Annual report on the lock hospitals of the Madras Presidency
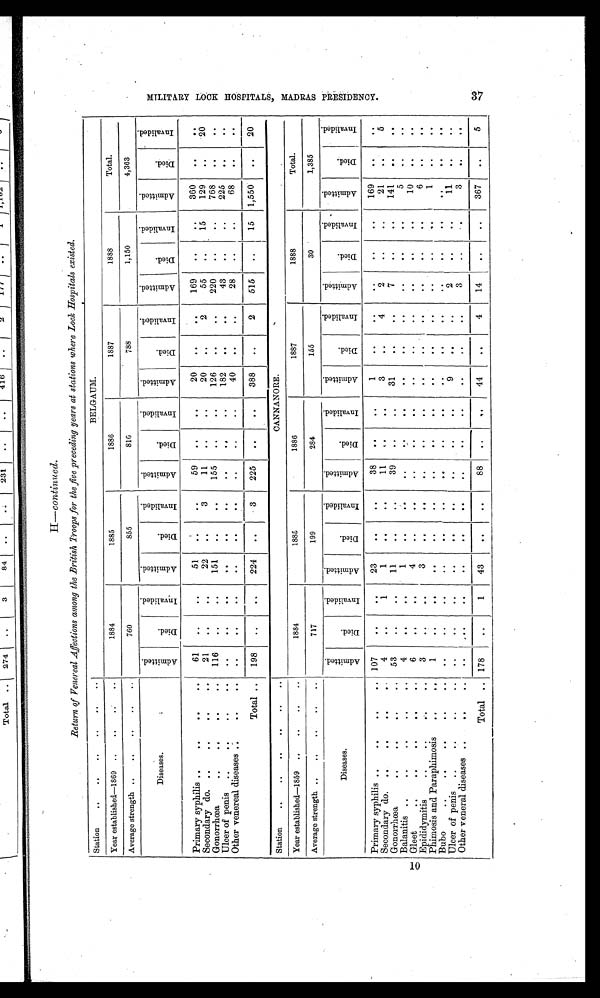
Return of Venereal Affections among the British Troops for the five preceding years at stations where Lock Hospitals existed.
Station
........
. .
. .
Year established—1869 ....
. .
..
1884
1885
1886
1887
1888
Total.
Average strength ... .. .
. .
. .
760
855
810
788
1,150
4 , 3 6 3
.
Diseases.
A d m i t t e d .
D i e d .
I n v a l i d e d .
A d m i t t e d .
D i e d .
I n v a l i d e d .
A d m i t t e d .
D i e d .
I n v a l i d e d .
A d m i t t e d .
D i e d .
I n v a l i d e d .
A d m i t t e d .
D i e d .
I n v a l i d e d .
A d m i t t e d .
D i e d .
I n v a l i d e d .
Primary syphilis ... .
..
. .
61
. .
. .
51
. .
. .
59
. . ..
20
. .
. .
169
. .
. .
360
. .
. .
Secondary do.... .
..
. .
21
. .
. .
22
. .
3
11
,.
.
20
. .
2
55
..
15
129
. . 20
Gonorrhœa... .
..
. .
116
. .
. . 151
. .
. .
155
. .
. .
126
. .
. .
220
. .
. .
768
. .
. .
Ulcer of penis ....
..
. .
. .
. .
. . ..
..
. .
. .
. .
. . 182
. .
. .
43
. .
. .
225
. .
. .
Other venereal diseases
..
. .
. .
. . ..
. .
. .
. .
. .
. . ..
40
. .
. .
28
. .
. .
68
. .
. .
Total ..
198
..
..
224
. .
3
225
. . ..
388
..
2
515
..
15 1,550
. . 20
Station
. . ..
..
..
CANNANORE.
Year established—1859 ....
..
..
1884
1885
1886
1887
1888
Total.
Average strength ... .. .
. .
. .
717
199
284
155
30
1,385
Diseases.
A d m i t t e d .
D i e d .
I n v a l i d e d .
A d m i t t e d .
D i e d .
I n v a l i d e d .
A d m i t t e d .
D i e d .
I n v a l i d e d .
A d m i t t e d .
D i e d .
I n v a l i d e d .
A d m i t t e d .
D i e d .
I n v a l i d e d .
A d m i t t e d .
D i e d .
I n v a l i d e d .
Primary syphilis ... .
. .
.. 107
. .
. . 23
..
. .
38
. .
. .
1
. .
. .
. .
. .
. .
169
. .
. .
Secondary do...
..
. .
4
. .
1
1
. .
. .
1 1 . .
. .
. .
3
. .
4
2
. .
. .
21
. .
5
Gonorrhœa... .
...
. .
53
. .
. . 11
. .
. .
39
. .
. .
31
. .
. .
7
. .
. .
141
. .
..
Balanitis ... ...
. .
..
4
. .
. .
1
. .
. .
. .
..
. .
. .
. .
. .
. .
. .
. .
5
. .
. .
Gleet
. . .....
..
..
6
. .
. .
4
. .
. .
. .
. .
. .
. .
. .
. .
. .
. .
. .
6
. .
. .
Epididymitis
. .
. .
3
. .
. .
3
. .
. .
. .
. .
. .
. .
. .
. .
. .
. .
. .
1
. .
. .
Phimosis and Paraphimosis ..
. .
1
. .
. .
. .
. .
. .
. .
. .
. .
. .
. .
. .
. .
. .
. .
. .
. .
. .
Bubo. .
..
. . . .
. .
. .
. .
. .
. .
. .
. .
. .
. .
. . .
. .
. .
. .
. .
. .
. .
. .
U l c e r o f p e n i s .
..
..
...
. .
...
..
. .
. .
..
..
.
9
. .
. .
2
. .
. .
11
. .
..
Other
veneral diseases ..
. ..
. .
. .
. .
..
. .
. .
. .
. .
. .
. .
. .
. . . .
3
..
. .
3
. .
. .
Total . . 178
. .
1
43 ..
. .
88
. .
. .
44
. .
4
14
. .
. .
367
. .
5
M I L I T A R Y L O O K H O S P I T A L S , M A D R A S P R E S I D E N C Y .